Report on vaccination in the Province of Bengal - 1874-1889
Year: 1874
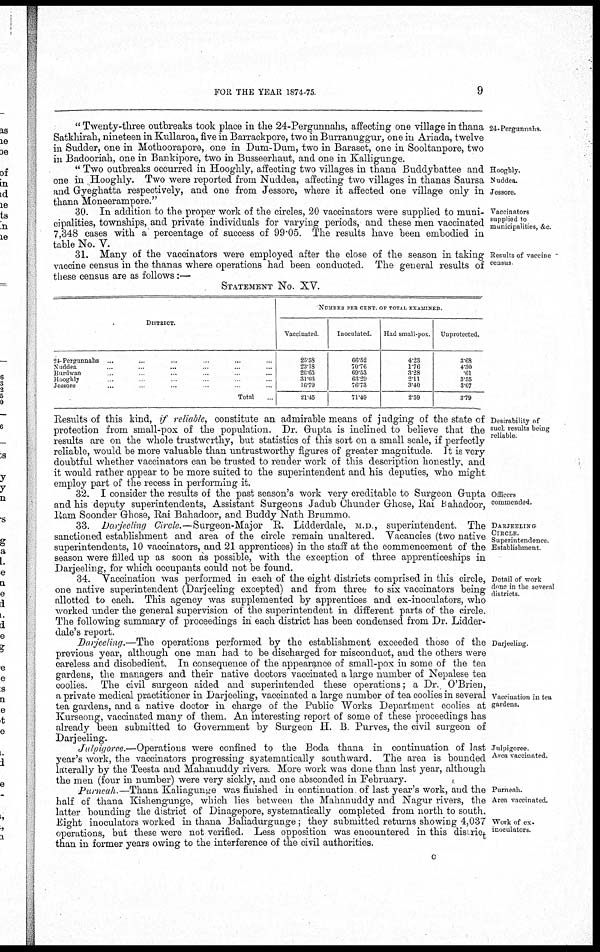
FOR THE YEAR 1874-75
9
24-Pergunnahs.
" Twenty-three outbreaks took place in the 24-Pergunnahs, affecting one village in thana
Satkhirah, nineteen in Kullaroa, five in Barrackpore, two in Burranuggur, one in Ariada, twelve
in Sudder, one in Mothoorapore, one in Dum-Dum, two in Baraset, one in Sooltanpore, two
in Badooriah, one in Bankipore, two in Busseerhaut, and one in Kalligunge.
Hoogbly.
Nuddea.
Jessore.
" Two outbreaks occurred in Hooghly, affecting two villages in thana Buddybattee and
one in Hooghly. Two were reported from Nuddea, affecting two villages in thanas Saursa
and Gyeghatta respectively, and one from Jessore, where it affected one village only in
thana Moneerampore."
Vaccinators
supplied to
municipalities, &c.
30. In addition to the proper work of the circles, 20 vaccinators were supplied to muni-
cipalities, townships, and private individuals for varying periods, and these men vaccinated
7,348 cases with a percentage of success of 99.05. The results have been embodied in
table No. V.
Results of vaccine
census
31. Many of the vaccinators were employed after the close of the season in taking
vaccine census in the thanas where operations had been conducted. The general results of
these census are as follows:—
STATEMENT No. XV.
DISTRICT.
24-Pergunnahs ... ... ... ...
Nuddea ... ... ... ...
Burdwan ... ... ... ...
Hooghly ... ... ... ...
Jessore ... ... ... ...
Total ...
NUMBER PER CENT OF TOTAL EXAMINED.
Vaccinated
25.53
23.18
26.65
31.03
16.79
21.45
Inoculated.
66.52
70.76
69.53
63.29
76.73
71.49
Had small-pox.
4.23
1.76
3.28
2.11
3.40
2.59
Unprotected.
3.63
4.30
61
3.55
3.07
3.79
Desirability of
such results being
reliable
Results of this kind, if reliable, constitute an admirable means of judging of the state of
protection from small-pox of the population. Dr. Gupta is inclined to believe that the
results are on the whole trustworthy, but statistics of this sort on a small scale, if perfectly
reliable, would be more valuable than untrustworthy figures of greater magnitude It is very
doubtful whether vaccinators can be trusted to render work of this description honestly, and
it would rather appear to be more suited to the superintendent and his deputies, who might
employ part of the recess in performing it.
Officers
commended.
32. I consider the results of the past season's work very creditable to Surgeon Grupta
and his deputy superintendents, Assistant Surgeons Jadub Chunder Ghose, Rai Bahadoor,
Ram Soonder Ghose, Rai Bahadoor, and Buddy Nath Brummo.
DARJEELING
CIRCLE.
Superintendence
Establishment
33. Darjeeling Circle.—Surgeon-Major
R. Lidderdale, M.D., superintendent. The
sanctioned establishment and area of the circle remain unaltered. Vacancies (two native
superintendents, 10 vaccinators, and 21 apprentices) in the staff at the commencement of the
season were filled up as soon as possible, with the exception of three apprenticeships in
Darjeeling, for which occupants could not be found.
Detail of work
done in the several
districts.
34. Vaccination was performed in each of the eight districts comprised in this circle,
one native superintendent (Darjeeling excepted) and from three to six vaccinators being
allotted to each. This agency was supplemented by apprentices and ex-inoculators, who
worked under the general supervision of the superintendent in different parts of the circle.
The following summary of proceedings in each district has been condensed from Dr. Lidder¬
dale's report.
Darjeeling
Vaccination in tea
gardens.
Darjeeling.—The operations performed by the establishment exceeded those of the
previous year, although one man had to be discharged for misconduct, and the others were
careless and disobedient. In consequence of the appearance of small-pox in some of the tea
gardens, the managers and their native doctors vaccinated a large number of Nepalese tea
coolies. The civil surgeon aided and superintended these operations; a Dr. O'Brien,
a private medical practitioner in Darjeeling, vaccinated a large number of tea coolies in several
tea gardens, and a native doctor in charge of the Public Works Department coolies at
Kurseong, vaccinated many of them. An interesting report of some of these proceedings has
already been submitted to Government by Surgeon H. B Purves, the civil surgeon of
Darjeeling.
Julprgoree.
Area vaccinated.
Julpigoree.—Operations were confined to the Boda thana in continuation of last
year's work, the vaccinators progressing systematically southward. The area is bounded
laterally by the Teesta and Mahanuddy rivers. More work was done than last year, although
the men (four in number) were very sickly, and one absconded in February.
Purneah.
Area vaccinated.
Work of ex.
inoculators.
Purneah —Thana Kaliagunge was finished in continuation of last year's work, and the
half of thana Kishengunge, which lies between the Mahanuddy and Nagur rivers, the
latter bounding the district of Dinagepore, systematically completed from north to south.
Eight inoculators worked in thana Baliadurgunge; they submitted returns showing 4,037
operations, but these were not verified. Less opposition was encountered in this district
than in former years owing to the interference of the civil authorities.
c